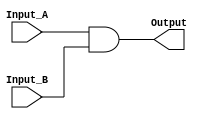
`timescale 1ns / 1ps

module AND(Input_A, Input_B, Output);
    
    input Input_A, Input_B;
    output reg Output;
    
    initial begin
        Output = 0;
    end
    always @(Input_A, Input_B) begin
        Output = Input_A & (Input_B);
    end
    
endmodule